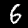
Digit: 6